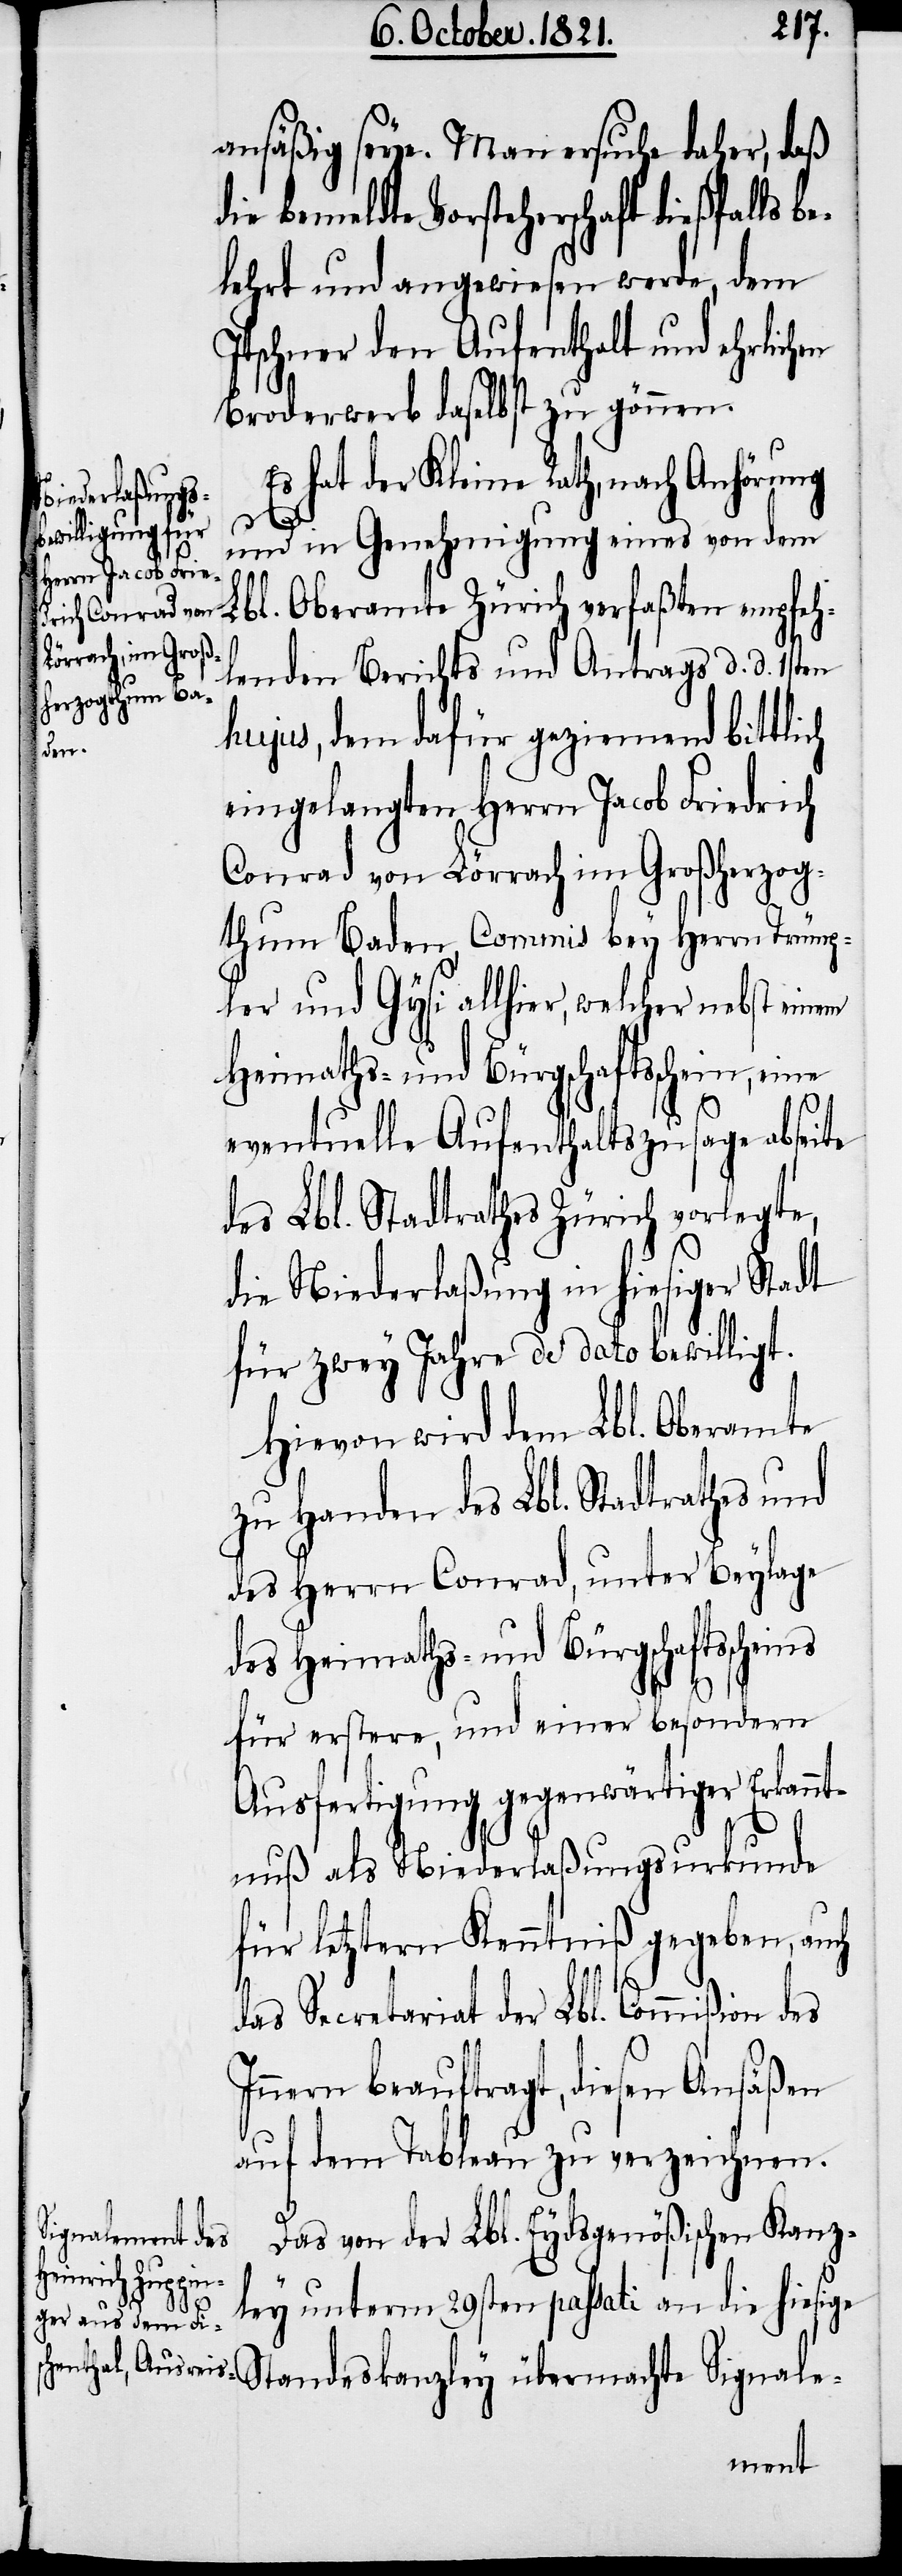
ansäßig seye. Man ersuche daher, daß
die bemeldte Vorsteherschaft dießfalls b¬
elehrt und angewiesen werde, dem
Itschner den Aufenthalt und ehrlichen
Broderwerb daselbst zu gönnen.
Es hat der Kleine Rath, nach Anhörung
und in Genehmigung eines von dem
Lbl. Oberamte Zürich verfaßten empfeh¬
lenden Berichts und Antrags d. d. 1sten
hujus, dem dafür geziemend bittli¬
eingelangten Herrn Jacob Friedrich
Conrad von Lörrach im Großherzog¬
thum Baden, Commis bey Herrn Trümp¬
ler und Gysi allhier, welcher nebst einem
Heimaths- und Bürgschaftsschein, eine
eventuelle Aufenthaltszusage abseite
des Lbl. Stadtraths Zürich vorlegte,
die Niederlaßung in hiesiger Stadt
für zwey Jahre de dato bewilligt.
Hievon wird dem Lbl. Oberamte
zu Handen des Lbl. Stadtrathes und
des Herrn Conrad, unter Beylage
des Heimaths- und Bürgschaftsscheins
ch
für erstere, und einer besondern
Ausfertigung gegenwärtiger Erkannt¬
nuß als Niederlaßungsurkunde
für letztern Kenntniß gegeben, auch
das Secretariat der Lbl. Commißion des
Innern beauftragt, diesen Ansäßen
auf dem Tableau zu verzeichnen.
Das von der Lbl. Eydsgenößischen Kanz¬
ley unterm 29sten passati an die hiesige
Standeskanzley übermachte Signale-